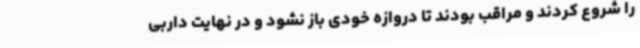
را شروع کردند و مراقب بودند تا دروازه خودی باز نشود و در نهایت داربی